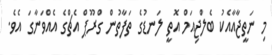
މި ނަތީޖާއާއެކު ބެލްޖިއަމް އޮތީ ލަނޑުގެ ތަފާތުން ގްރޫޕް އެޗްގެ އެއްވަނާގަ އެވެ.